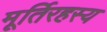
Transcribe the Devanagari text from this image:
मूर्तिरहस्य